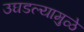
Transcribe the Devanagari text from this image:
उघडल्यामुळे